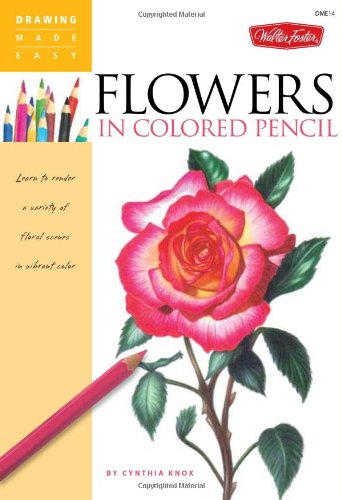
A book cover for Flowers in Colored Pencil: Learn to render a variety of floral scenes in vibrant color (Drawing Made Easy); Cynthia Knox; Arts & Photography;